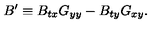
B ^ { \prime } \equiv B _ { t x } G _ { y y } - B _ { t y } G _ { x y } .